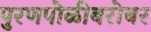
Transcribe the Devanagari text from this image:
पुरणपोळीबरोबर